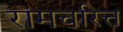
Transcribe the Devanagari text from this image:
रामचरित्त